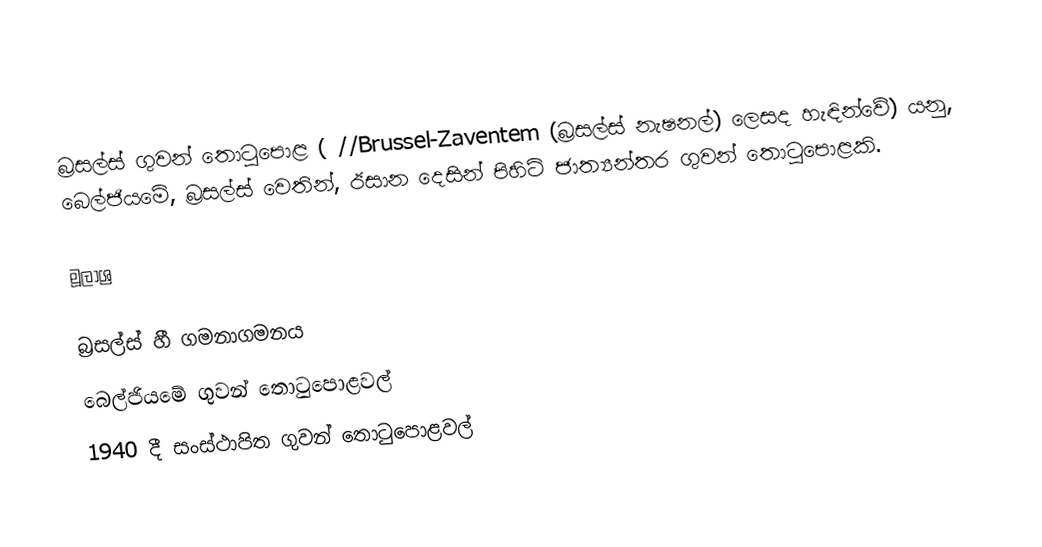
බ්‍රසල්ස් ගුවන් තොටුපොළ  ( //Brussel-Zaventem (බ්‍රසල්ස් නැෂනල්) ලෙසද හැඳින්වේ) යනු, බෙල්ජියමේ, බ්‍රසල්ස් වෙතින්,   ඊසාන දෙසින් පිහිටි  ජාත්‍යන්තර ගුවන් තොටුපොළකි.

මූලාශ්‍ර

බ්‍රසල්ස් හී ගමනාගමනය
බෙල්ජියමේ ගුවන් තොටුපොළවල්
1940 දී සංස්ථාපිත ගුවන් තොටුපොළවල්